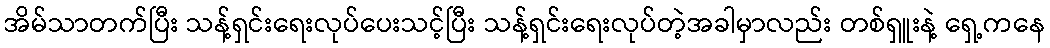
အိမ်သာတက်ပြီး သန့်ရှင်းရေးလုပ်ပေးသင့်ပြီး သန့်ရှင်းရေးလုပ်တဲ့အခါမှာလည်း တစ်ရှူးနဲ့ ရှေ့ကနေ